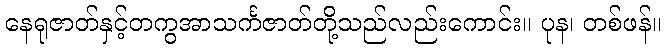
နေရုဇာတ်နှင့်တကွအာသင်္ကဇာတ်တို့သည်လည်းကောင်း။ ပုန၊ တစ်ဖန်။